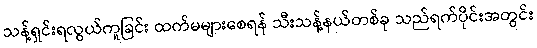
သန့်ရှင်းရလွယ်ကူခြင်း ထက်မများစေရန် သီးသန့်နယ်တစ်ခု သည်ရက်ပိုင်းအတွင်း